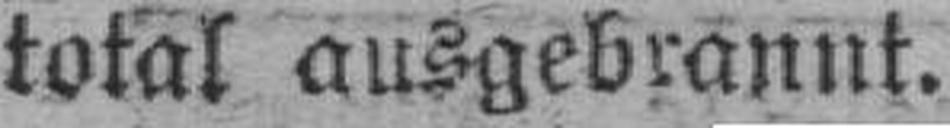
total ausgebrannt.